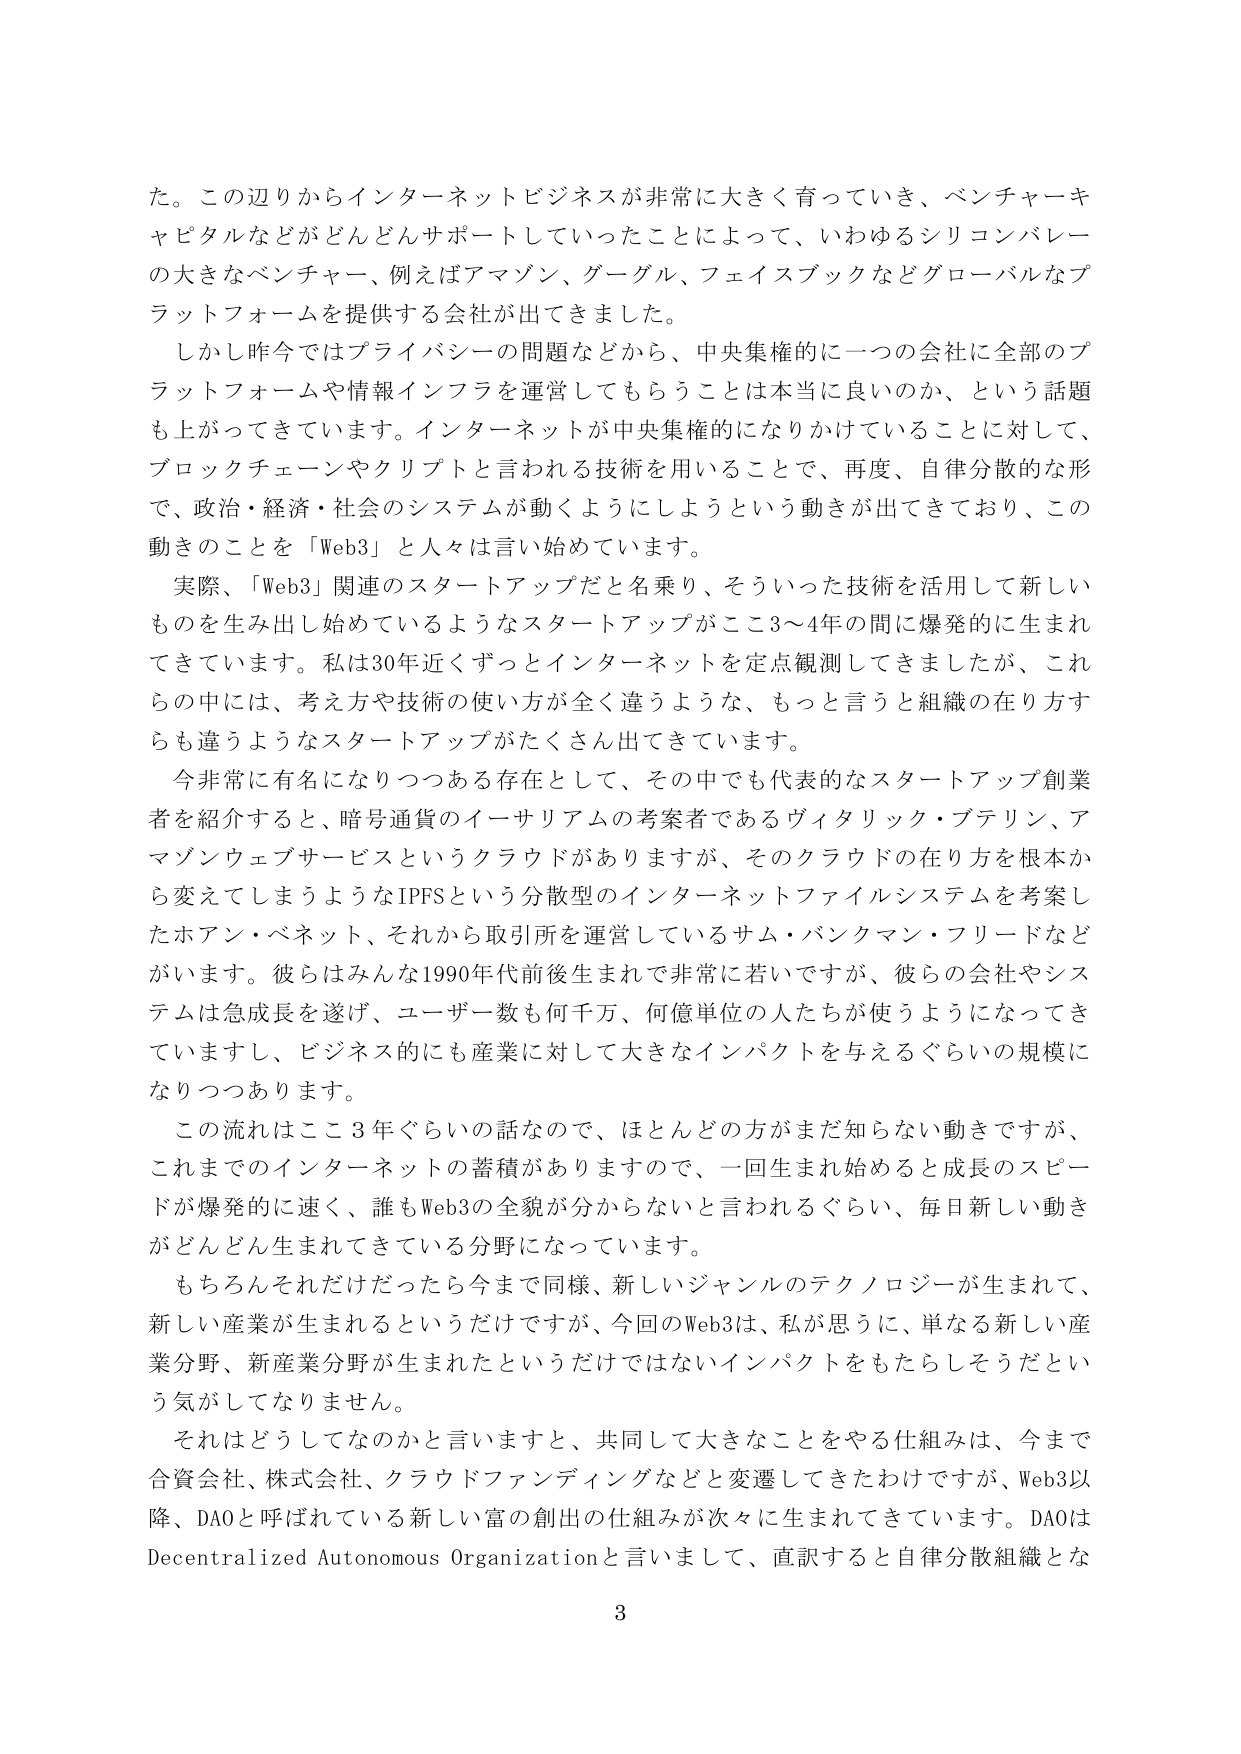
た。この辺りからインターネットビジネスが非常に大きく育っていき、ベンチャーキャピタルなどがどんどんサポートしていったことによって、いわゆるシリコンバレーの大きなベンチャー、例えばアマゾン、グーグル、フェイスブックなどグローバルなプラットフォームを提供する会社が出てきました。

しかし昨今ではプライバシーの問題などから、中央集権的に一つの会社に全部のプラットフォームや情報インフラを運営してもらうことは本当に良いのか、という話題も上がってきています。インターネットが中央集権的になりかけていることに対して、ブロックチェーンやクリプトと言われる技術を用いることで、再度、自律分散的な形で、政治・経済・社会のシステムが動くようにしようという動きが出てきており、この動きのことを「Web3」と人々は言い始めています。

実際、「Web3」関連のスタートアップだと名乗り、そういった技術を活用して新しいものを生み出し始めているようなスタートアップがここ3～4年の間に爆発的に生まれてきています。私は30年近くずっとインターネットを定点観測してきましたが、これらの中には、考え方や技術の使い方が全く違うような、もっと言うと組織の在り方すらも違うようなスタートアップがたくさん出てきています。

今非常に有名になりつつある存在として、その中でも代表的なスタートアップ創業者を紹介すると、暗号通貨のイーサリアムの考案者であるヴィタリック・ブテリン、アマゾンウェブサービスというクラウドがありますが、そのクラウドの在り方を根本から変えてしまうようなIPFSという分散型のインターネットファイルシステムを考案したホアン・ベネット、それから取引所を運営しているサム・バンクマン・フリードなどがいます。彼らはみんな1990年代前後生まれで非常に若いですが、彼らの会社やシステムは急成長を遂げ、ユーザー数も何千万、何億単位の人たちが使うようになってきていますし、ビジネス的にも産業に対して大きなインパクトを与えるぐらいの規模になりつつあります。

この流れはここ3年ぐらいの話なので、ほとんどの方がまだ知らない動きですが、これまでのインターネットの蓄積がありますので、一回生まれ始めると成長のスピードが爆発的に速く、誰もWeb3の全貌が分からないと言われるぐらい、毎日新しい動きがどんどん生まれてきている分野になっています。

もちろんそれだけだったら今まで同様、新しいジャンルのテクノロジーが生まれて、新しい産業が生まれるというだけですが、今回のWeb3は、私が思うに、単なる新しい産業分野、新産業分野が生まれたというだけではないインパクトをもたらしそうだという気がしてなりません。

それはどうしてなのかと言いますと、共同して大きなことをやる仕組みは、今まで合資会社、株式会社、クラウドファンディングなどと変遷してきたわけですが、Web3以降、DAOと呼ばれている新しい富の創出の仕組みが次々に生まれてきています。DAOはDecentralized Autonomous Organizationと言いまして、直訳すると自律分散組織とな

3